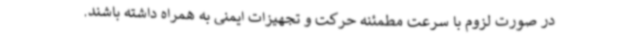
در صورت لزوم با سرعت مطمئنه حرکت و تجهیزات ایمنی به همراه داشته باشند.